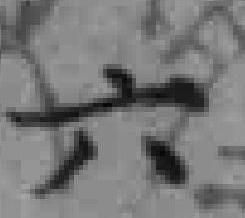
六